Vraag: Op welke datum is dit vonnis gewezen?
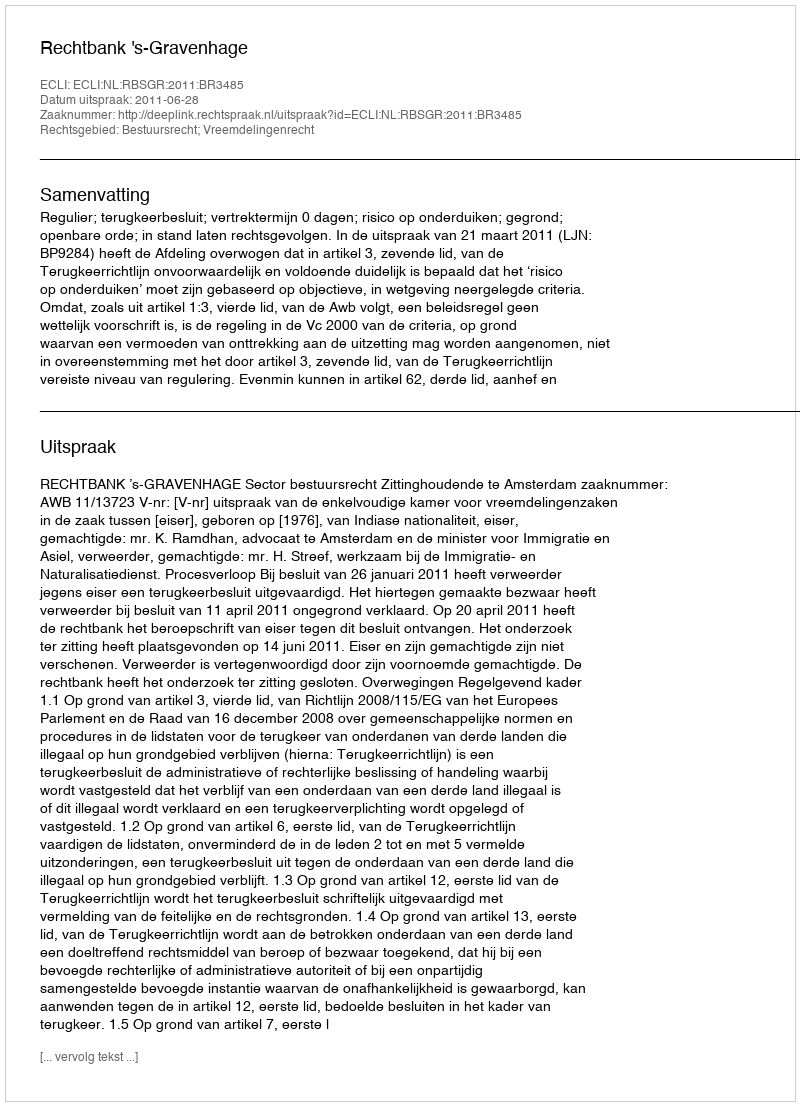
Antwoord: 2011-06-28